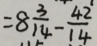
= 8 \frac { 3 } { 1 4 } - \frac { 4 2 } { 1 4 }